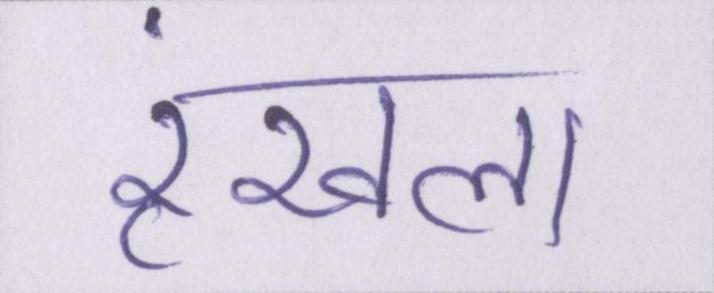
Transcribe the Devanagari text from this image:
रॄंखला